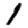
Digit: 1